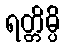
ရတ္တိမ္ပိ